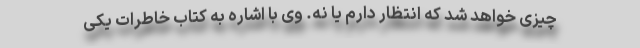
چیزی خواهد شد که انتظار دارم یا نه. وی با اشاره به کتاب خاطرات یکی